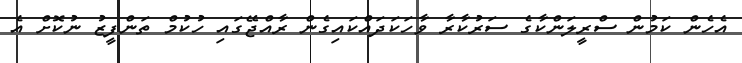
އެހެން ކަމުން ސްރީލަންކާގެ ސަރުކާރާ ވާހަކަދައްކައިގެން ރާއްޖޭގައި ހުކުމް ތަންފީޒު ނުކޮށް އެ